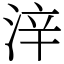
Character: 㳯